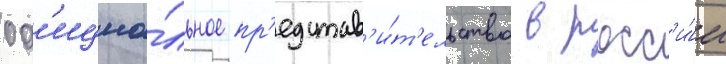
оф'ициа́льное пр'едстав'и́т'ельство в росс'и́и